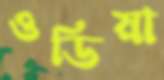
ওডিয়া